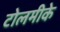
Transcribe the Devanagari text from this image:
टोलमीके